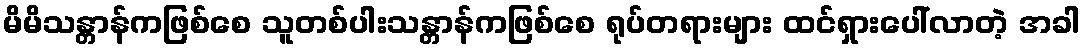
မိမိသန္တာန်ကဖြစ်စေ သူတစ်ပါးသန္တာန်ကဖြစ်စေ ရုပ်တရားများ ထင်ရှားပေါ်လာတဲ့ အခါ